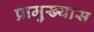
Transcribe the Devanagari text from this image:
प्रामुख्यास